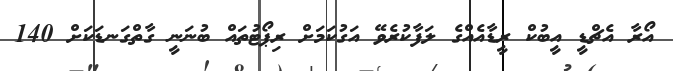
އޯރާ އެޗްޑީ އީބުކް ރީޑާއެއްގެ ލަފާކުރެވޭ އަގުކަމަށް ރިޕޯޓުތައް ބުނަނީ ގާތްގަނޑަކަށް 140